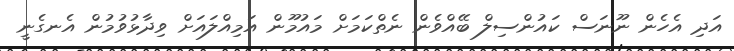
އަދި އެހެން ނޫނަސް ކައުންސިލް ބޭއްވެން ނެތްކަމަށް މައުމޫން އަމިއްލައަށް ވިދާޅުވުމުން އެނގެނީ